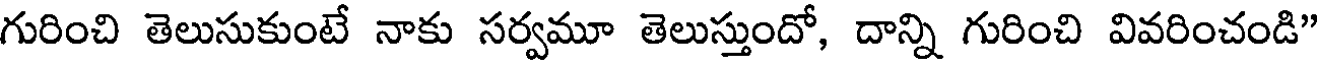
గురించి తెలుసుకుంటే నాకు సర్వమూ తెలుస్తుందో, దాన్ని గురించి వివరించండి"